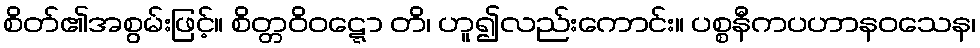
စိတ်၏အစွမ်းဖြင့်။ စိတ္တဝိဝဋ္ဋော တိ၊ ဟူ၍လည်းကောင်း။ ပစ္စနီကပဟာနဝသေန၊